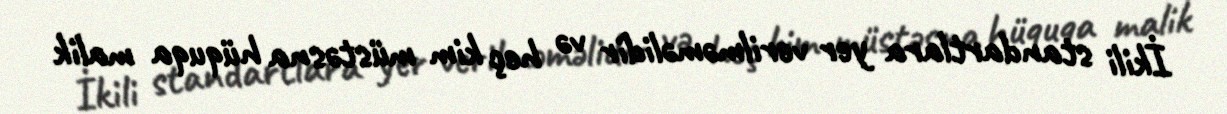
İkili standartlara yer verilməməlidir və heç kim müstəsna hüquqa malik